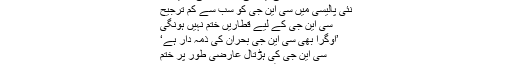
’خلافِ ضابطہ سی این جی لائسنس کی تحقیقات‘
نئی پالیسی میں سی این جی کو سب سے کم ترجیح
سی این جی کے لیے قطاریں ختم نہیں ہونگی
’اوگرا بھی سی این جی بحران کی ذمہ دار ہے‘
سی این جی کی ہڑتال عارضی طور پر ختم
سی این جی ٹیکس کے خلاف جزوی ہڑتال